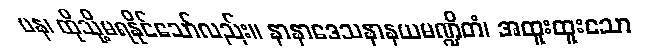
ပန၊ ထိုသို့မရနိုင်သော်လည်း။ နာနာဒေသနာနယမဏ္ဍိတံ၊ အထူးထူးသော